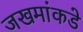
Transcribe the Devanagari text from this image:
जखमांकडे